65_HS1-834228961_62-HQ-83894_Section_4
Agency: FBI
Page 108
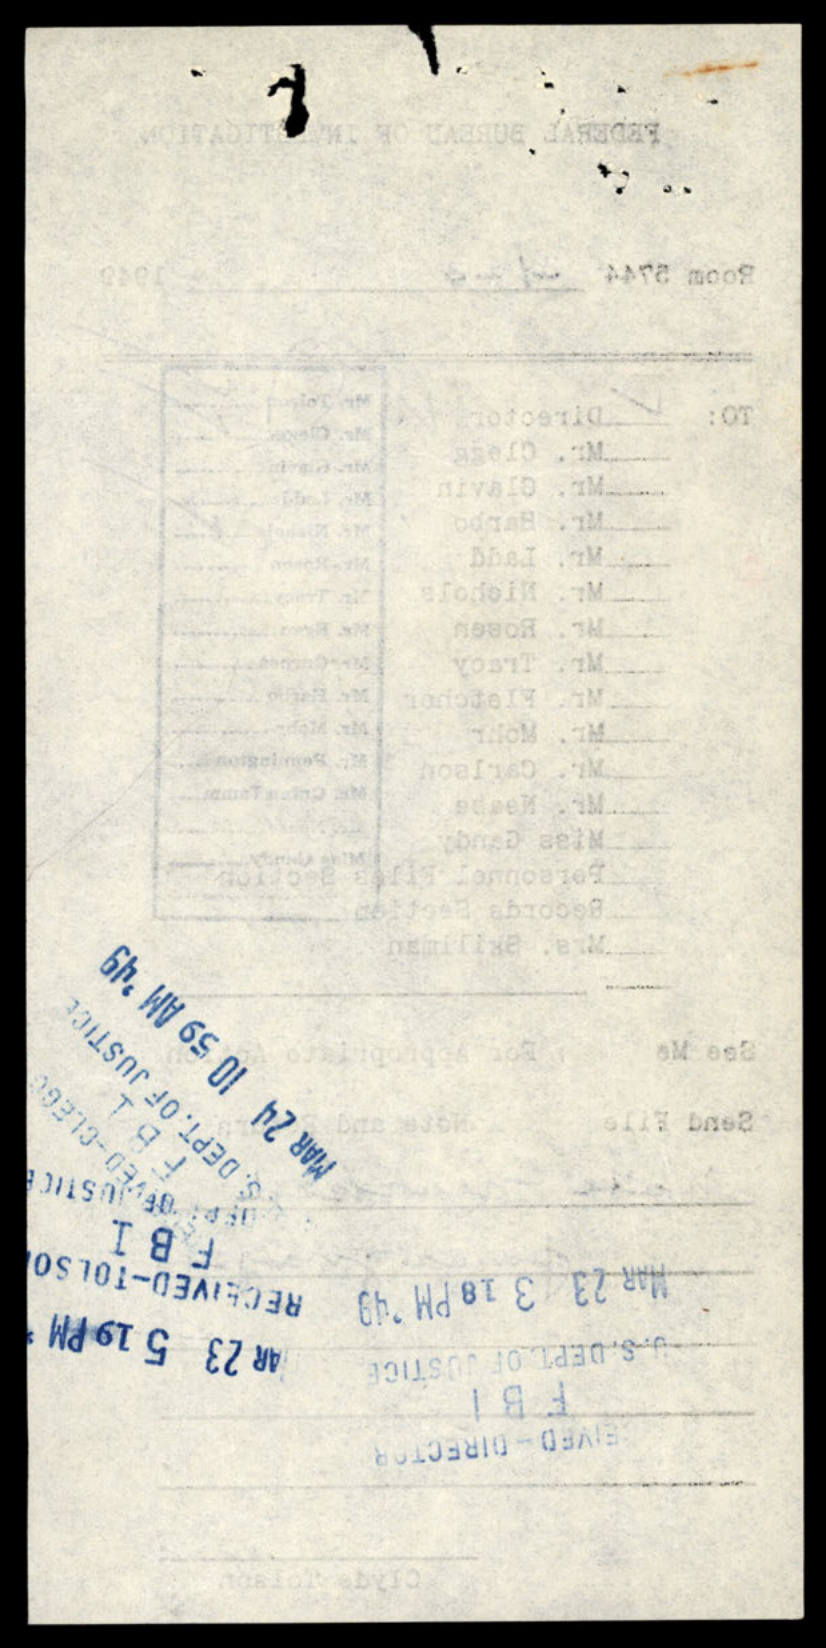